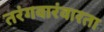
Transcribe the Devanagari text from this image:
तरंगवारंवारता